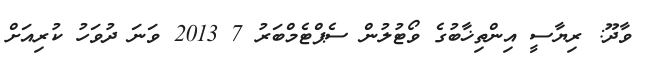
ވާދޫ: ރިޔާސީ އިންތިޚާބުގެ ވޯޓުލުން ސެޕްޓެމްބަރު 7 2013 ވަނަ ދުވަހު ކުރިއަށް